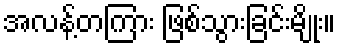
အလန့်တကြား ဖြစ်သွားခြင်းမျိုး။